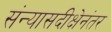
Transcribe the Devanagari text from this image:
संन्यासदीक्षेनंतर